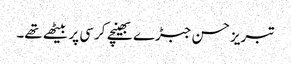
تبریز حسن جبڑے بھینچے کرسی پر بیٹھے تھے۔